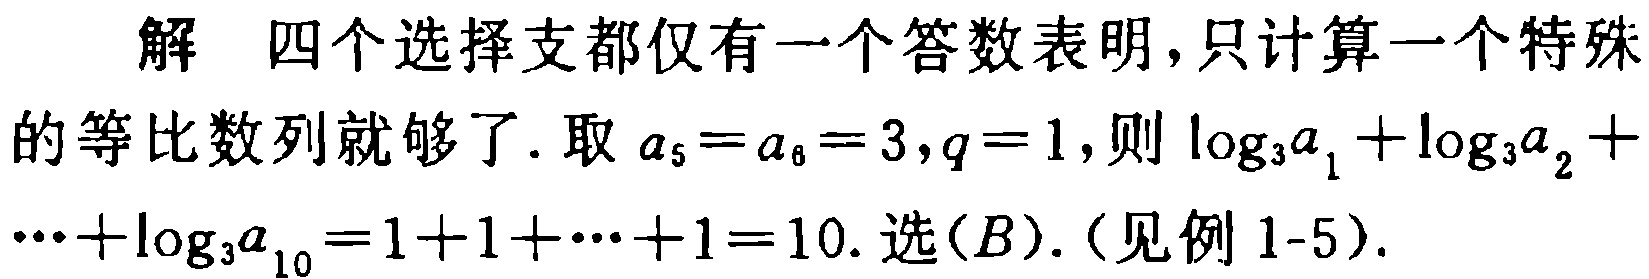
解 四个选择支都仅有一个答数表明，只计算一个特殊
的等比数列就够了. 取 \(a_{5}=a_{6}=3,q = 1\)，则\(\log_{3}a_{1}+\log_{3}a_{2}+\cdots+\log_{3}a_{10}=1 + 1+\cdots+1 = 10\). 选\((B)\).（见例1-5）.